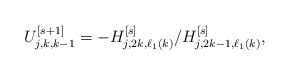
\begin{align*}U_{j,k,k-1}^{[s+1]} = -H_{j,2k,\ell_1(k)}^{[s]}/H_{j,2k-1,\ell_1(k)}^{[s]},\end{align*}